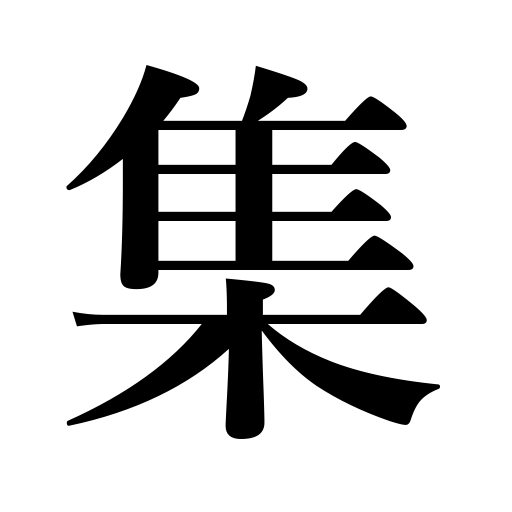
Meanings: swarm,flock or gather together,focus something on,be gathered together,gather,congregate,assemble,meet,collection,converge,gathering,be collected,collect